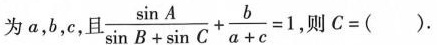
为a，b，e，且 $$\frac{\sin A}{\sin B+ \sin C}+ \frac{b}{a+c}=1$$， 则C=( )。